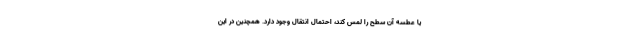
یا عطسه آن سطح را لمس کند، احتمال انتقال وجود دارد. همچنین در این